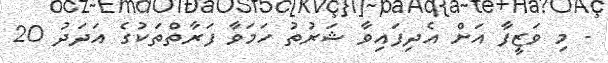
- މި ވަޒީފާ އަށް އެދިފައިވާ ޝަރުތު ހަމަވާ ފަރާތްތަކުގެ އަދަދު 20